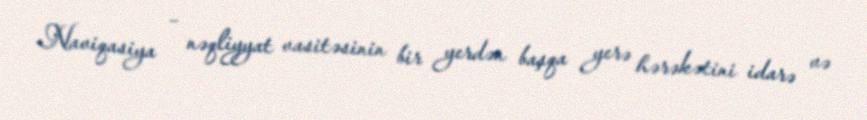
Naviqasiya – nəqliyyat vasitəsinin bir yerdən başqa yerə hərəkətini idarə və